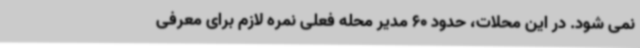
نمی شود. در این محلات، حدود 60 مدیر محله فعلی نمره لازم برای معرفی